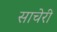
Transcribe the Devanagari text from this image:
साचेरी